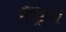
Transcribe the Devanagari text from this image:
गैंट्रियों